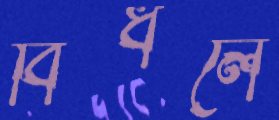
বিঁধলে